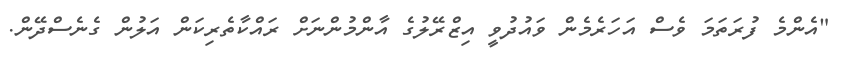
"އެންމެ ފުރަތަމަ ވެސް އަހަރެމެން ވައުދުވީ އިޒްރޭލުގެ އާންމުންނަށް ރައްކާތެރިކަން އަލުން ގެނެސްދޭން.